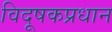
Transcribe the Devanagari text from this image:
विदूषकप्रधान